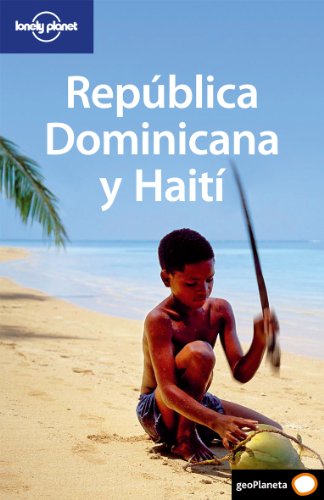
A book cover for Lonely Planet Republica Dominicana y Haiti (Travel Guide) (Spanish Edition); Lonely Planet; Travel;